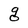
Character: g